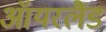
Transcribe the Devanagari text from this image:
ऑयरलैंड